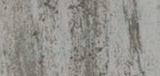
طاقتها